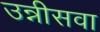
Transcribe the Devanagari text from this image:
उन्नीसवा